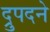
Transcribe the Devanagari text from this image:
द्रुपदने